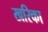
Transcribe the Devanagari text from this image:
खरिका